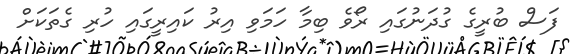
ފަސް ބުރީގެ ގުދަނުގައި ރޯވެ ބިމާ ހަމަވި އިރު ކައިރީގައި ހުރި ގެތަކަށް